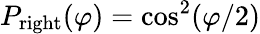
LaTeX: P_{\textrm{right}}(\varphi)=\cos^{2}(\varphi/2)